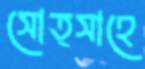
সোত্সাহে